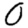
Digit: 0